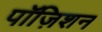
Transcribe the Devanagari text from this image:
पॉज़िशन